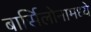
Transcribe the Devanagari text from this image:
बार्सिलोनामध्ये